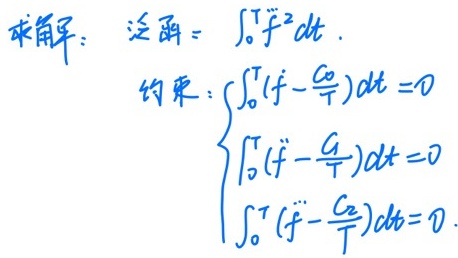
求解：泛函\(=\int_{0}^{T}\ddot{f}^{2}dt\)。约束：\(\begin{cases}\int_{0}^{T}(f - \frac{c_0}{T})dt = 0\\\int_{0}^{T}(\dot{f} - \frac{c_1}{T})dt = 0\\\int_{0}^{T}(\ddot{f} - \frac{c_2}{T})dt = 0\end{cases}\)